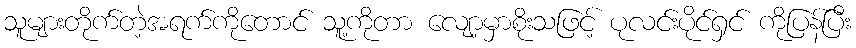
သူများတိုက်တဲ့အရက်ကိုတောင် သူ့ကိုတာ လျော့မှာစိုးသဖြင့် ပုလင်းပိုင်ရှင် ကိုပြန်ပြီး